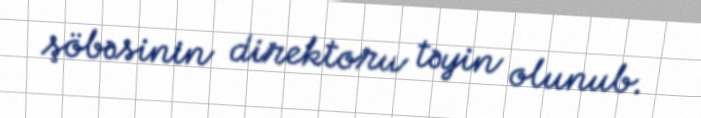
şöbəsinin direktoru təyin olunub.